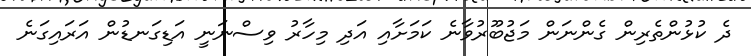
ދެ ކުޅުންތެރިން ގެންނަން މަޖުބޫރުވާނެ ކަމަށާއި އަދި މިހާރު ވިސްނަނީ އަޑިގަނޑުން އަރައިގަނެ